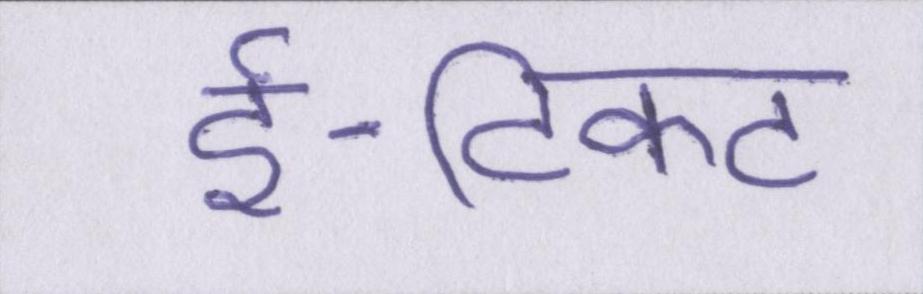
ई-टिकट